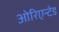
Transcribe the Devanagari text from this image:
ओरिएन्टेड